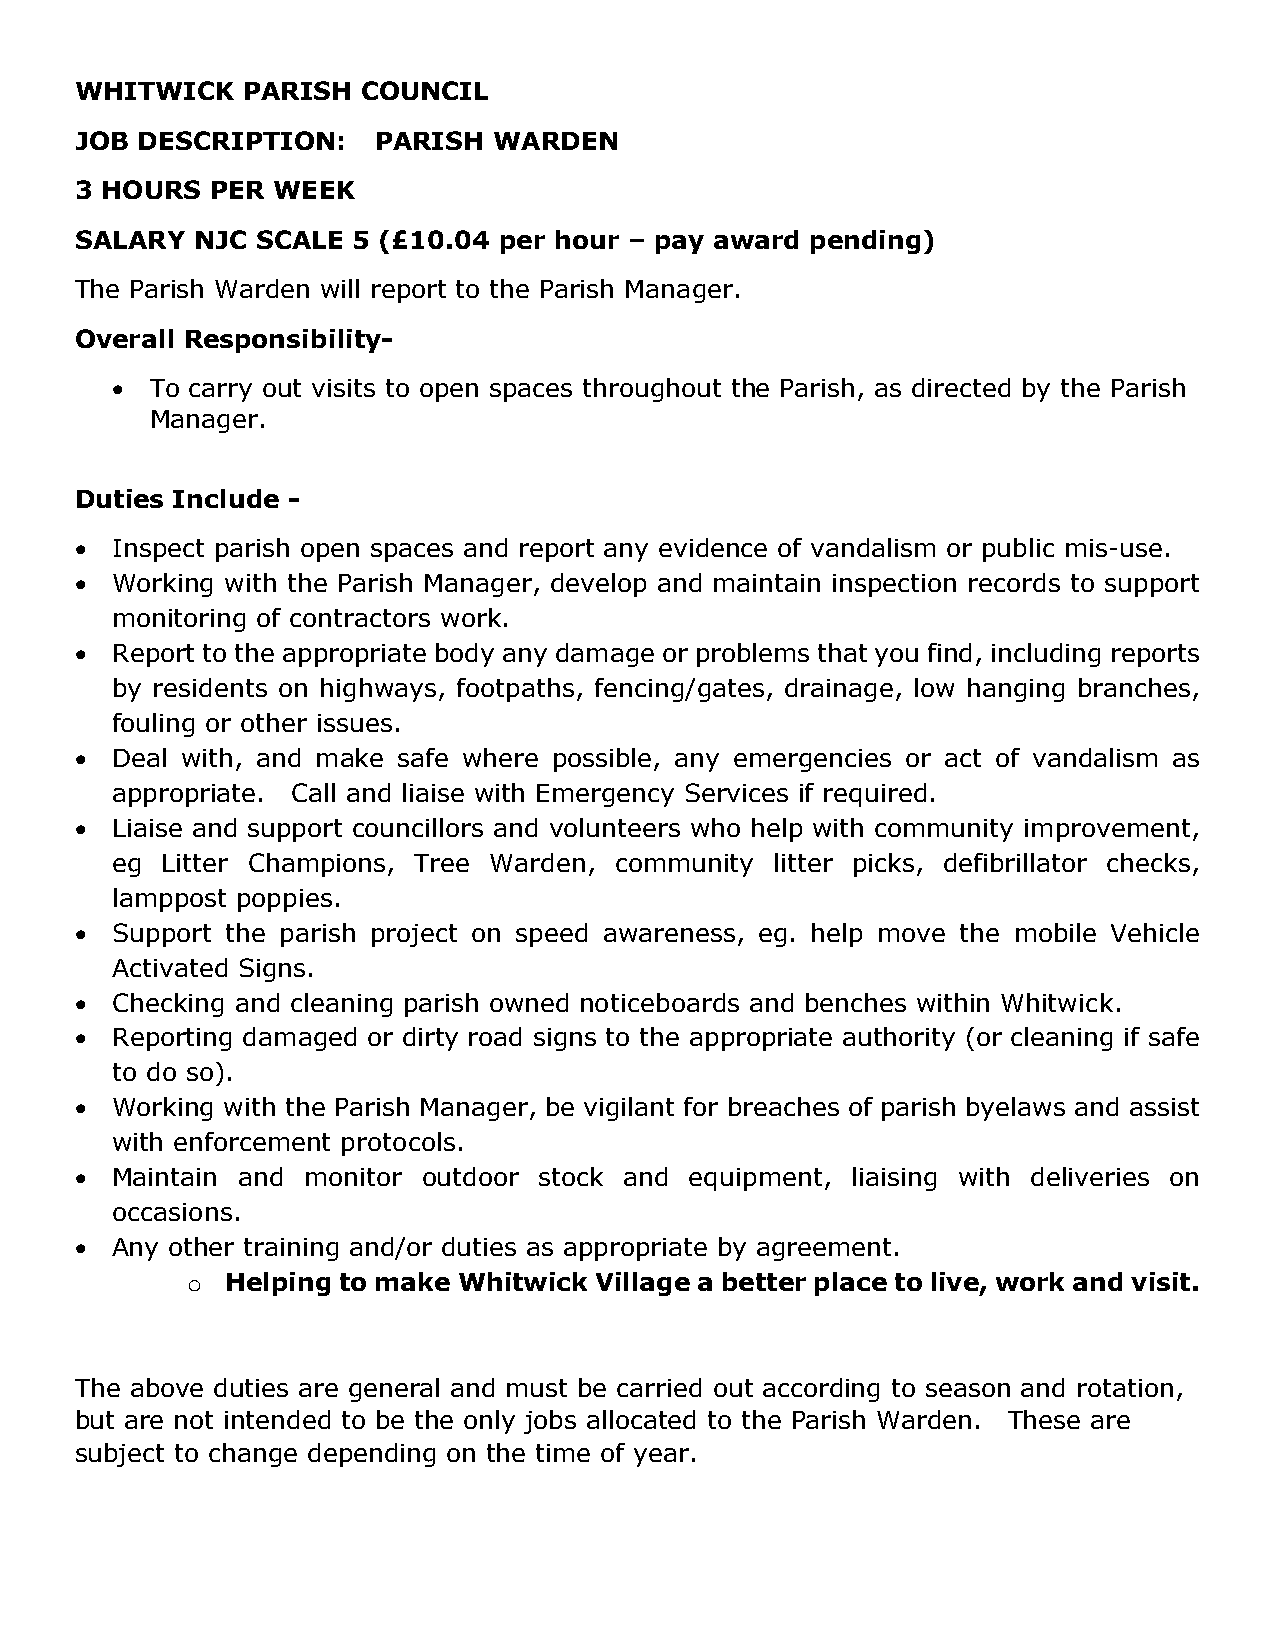
WHITWICK   PARISH  COUNCIL
 JOB DESCRIPTION:    PARISH  WARDEN
 3 HOURS  PER WEEK
 SALARY  NJC SCALE 5 (£10.04 per hour – pay award pending)
 The Parish Warden will report to the Parish Manager.
 Overall Responsibility-
 •  To carry out visits to open spaces throughout the Parish, as directed by the Parish
 Manager.
 Duties Include -
 • Inspect parish open spaces and report any evidence of vandalism or public mis-use.
 • Working with the Parish Manager, develop and maintain inspection records to support
 monitoring of contractors work.
 • Report to the appropriate body any damage or problems that you find, including reports
 by residents on highways, footpaths, fencing/gates, drainage, low hanging branches,
 fouling or other issues.
 • Deal with, and make safe where possible, any emergencies or act of vandalism as
 appropriate. Call and liaise with Emergency Services if required.
 • Liaise and support councillors and volunteers who help with community improvement,
 eg  Litter Champions, Tree Warden, community litter picks, defibrillator checks,
 lamppost poppies.
 • Support the parish project on speed awareness, eg. help move the mobile Vehicle
 Activated Signs.
 • Checking and cleaning parish owned noticeboards and benches within Whitwick.
 • Reporting damaged or dirty road signs to the appropriate authority (or cleaning if safe
 to do so).
 • Working with the Parish Manager, be vigilant for breaches of parish byelaws and assist
 with enforcement protocols.
 • Maintain and monitor outdoor stock and equipment, liaising with deliveries on
 occasions.
 • Any other training and/or duties as appropriate by agreement.
 Helping to make Whitwick Village a better place to live, work and visit.
 o
 The above duties are general and must be carried out according to season and rotation,
 but are not intended to be the only jobs allocated to the Parish Warden. These are
 subject to change depending on the time of year.